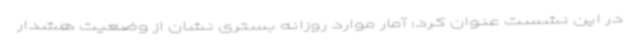
در این نشست عنوان کرد: آمار موارد روزانه بستری نشان از وضعیت هشدار